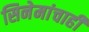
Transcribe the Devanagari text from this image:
सिनेमांचाही